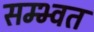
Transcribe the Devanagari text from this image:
सम्भ्वत